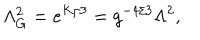
\Lambda _ { G } ^ { 2 } = e ^ { K / 3 } = g ^ { - 4 / 3 } \Lambda ^ { 2 } ,